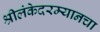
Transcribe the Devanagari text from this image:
श्रीलंकेदरम्यानचा